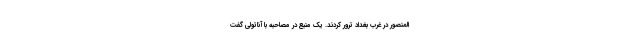
المنصور در غرب بغداد ترور کردند. یک منبع در مصاحبه با آناتولی گفت